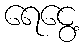
ရေငွေ့